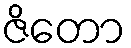
ဇိတော